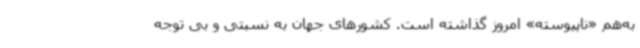
به‌هم «ناپیوسته» امروز گذاشته است. کشورهای جهان به نسبتی و بی توجه